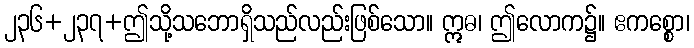
၂၃၆+၂၃၇+ဤသို့သဘောရှိသည်လည်းဖြစ်သော။ ဣဓ၊ ဤလောက၌။ ဧကစ္စော၊